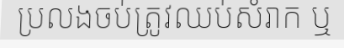
ប្រលងចប់ត្រូវឈប់សំរាក ឬ